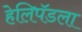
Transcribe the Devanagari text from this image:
हेलिपॅडला